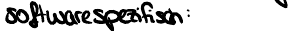
softwarespezifisch: